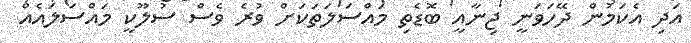
އަދި އެކަމުން ދޭހަވަނީ ޖިނާއީ ބޮޑެތި މައްސަލަތަކަށް ވުރެ ވެސް ސުލޫކީ މައްސަލައެއް